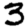
Digit: 3